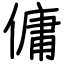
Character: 傭